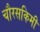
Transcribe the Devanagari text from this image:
चौरसकिमी